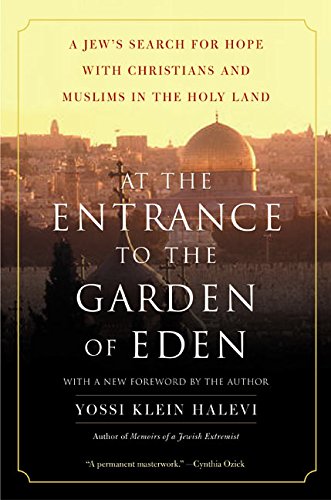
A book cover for At the Entrance to the Garden of Eden: A Jew's Search for Hope with Christians and Muslims in the Holy Land; Yossi Klein Halevi; Travel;